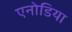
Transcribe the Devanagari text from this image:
एनोडिया